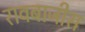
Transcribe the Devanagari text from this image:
रावबाजीस